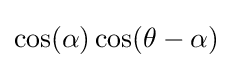
\cos(\alpha )\cos(\theta -\alpha )